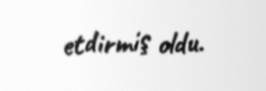
etdirmiş oldu.